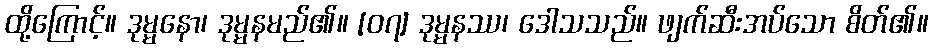
ထို့ကြောင့်။ ဒုမ္မနော၊ ဒုမ္မနမည်၏။ [၀၇] ဒုမ္မနဿ၊ ဒေါသသည်။ ဖျက်ဆီးအပ်သော စိတ်၏။